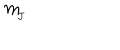
m _ { \! _ { J } }